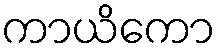
ကာယိကော